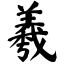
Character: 羲